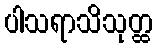
ပါသရာသိသုတ္ထ